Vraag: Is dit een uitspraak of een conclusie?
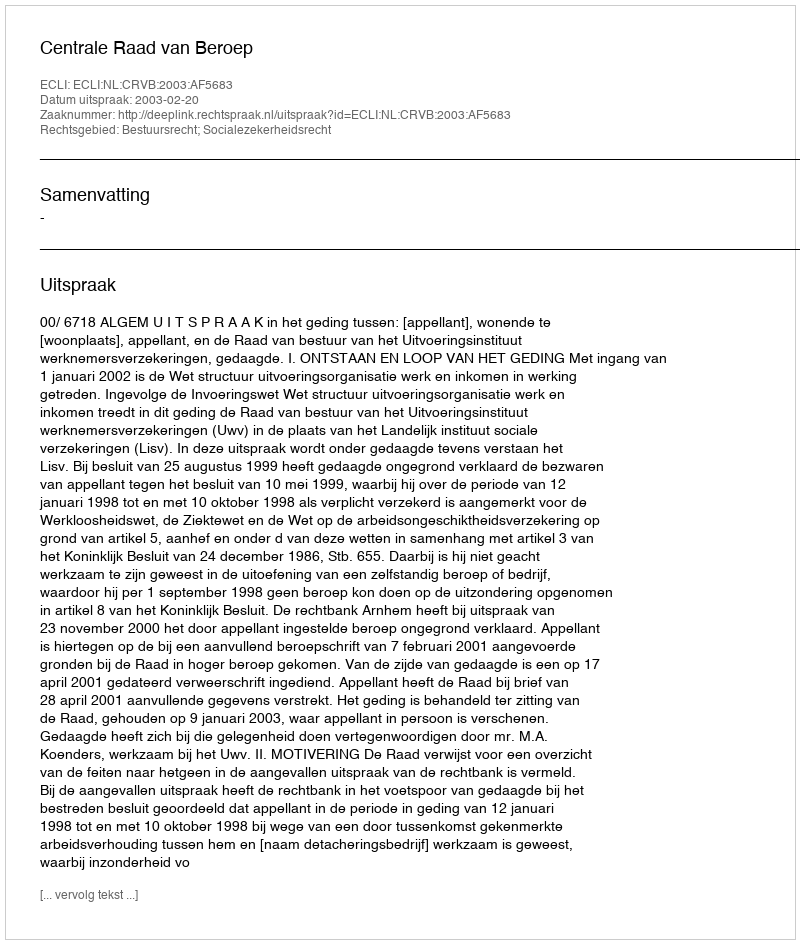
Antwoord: Uitspraak